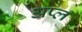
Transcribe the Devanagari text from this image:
अप्ल